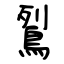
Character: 鴷